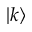
\left| k \right\rangle